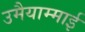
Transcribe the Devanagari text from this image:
उमैयाम्माई